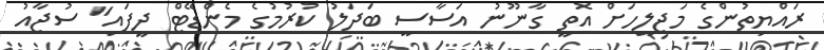
ރައްޔިތުންގެ މަޖިލީހަށް އޮތީ ގާނޫނު އަސާސީ ބަދަލު ކުރުމުގެ މެންޑޭޓް ދީފައި" ސުޖާއު